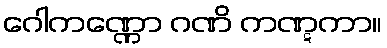
ဂေါကဏ္ဏော ဂဏိ ကဏ္ဋကာ။